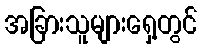
အခြားသူများရှေ့တွင်